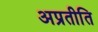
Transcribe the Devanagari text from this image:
अप्रतीति